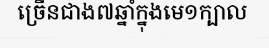
ច្រើនជាង៧ឆ្នាំក្នុងមេ១ក្បាល